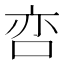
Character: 𱒢